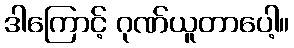
ဒါကြောင့် ဂုဏ်ယူတာပေါ့။